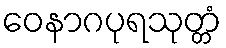
ဝေနာဂပုရသုတ္တံ